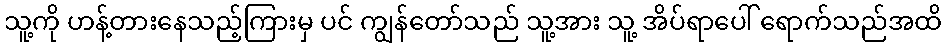
သူ့ကို ဟန့်တားနေသည့်ကြားမှ ပင် ကျွန်တော်သည် သူ့အား သူ့ အိပ်ရာပေါ် ရောက်သည်အထိ